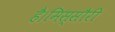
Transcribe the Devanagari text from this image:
है।मिस्सौरी